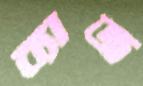
ব্যাজ